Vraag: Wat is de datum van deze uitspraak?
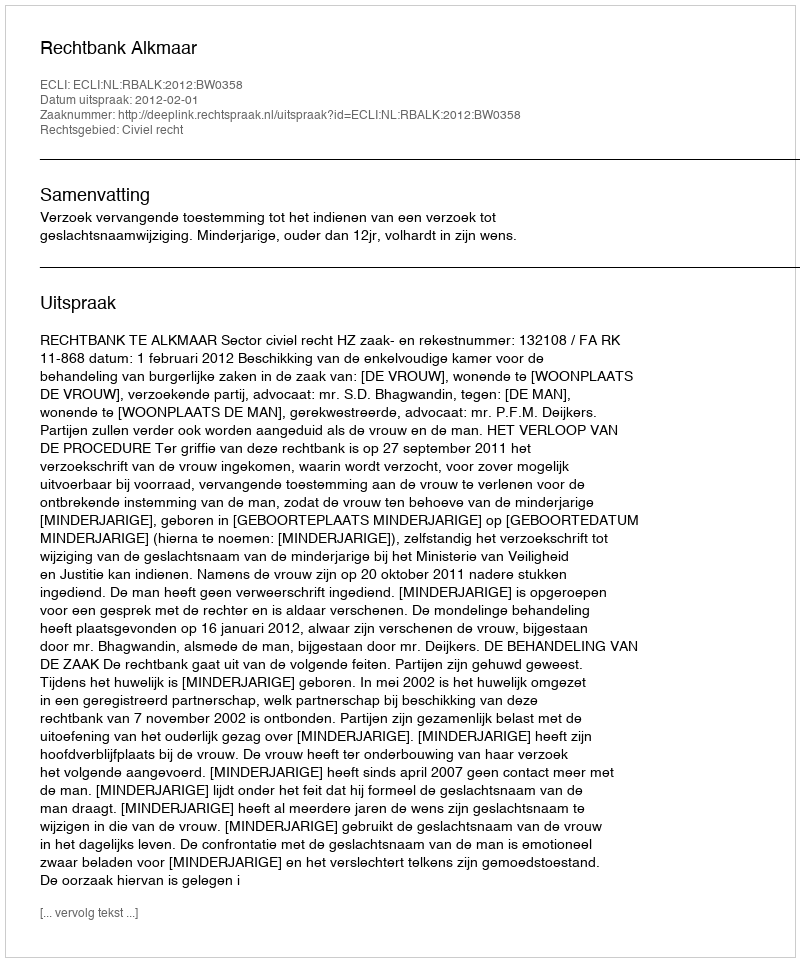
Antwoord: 2012-02-01